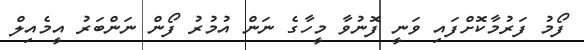
ފޯމު ފަރުމާކޮށްފައި ވަނީ ފޮނުވާ މީހާގެ ނަން އުމުރު ފޯން ނަންބަރު އީމެއިލް